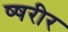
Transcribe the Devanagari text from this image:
ष्षरीर